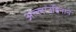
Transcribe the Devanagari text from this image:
अल्लाउद्दिनाने